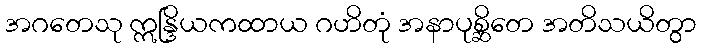
အဂတေသု ဣန္ဒြိယကထာယ ဂဟိတုံ အနာပုစ္ဆိတေ အတိသယိတွာ